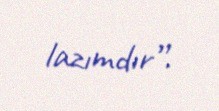
lazımdır”.